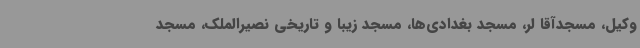
وکیل، مسجدآقا لر، مسجد بغدادی‌ها، مسجد زیبا و تاریخی نصیرالملک، مسجد